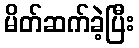
မိတ်ဆက်ခဲ့ပြီး